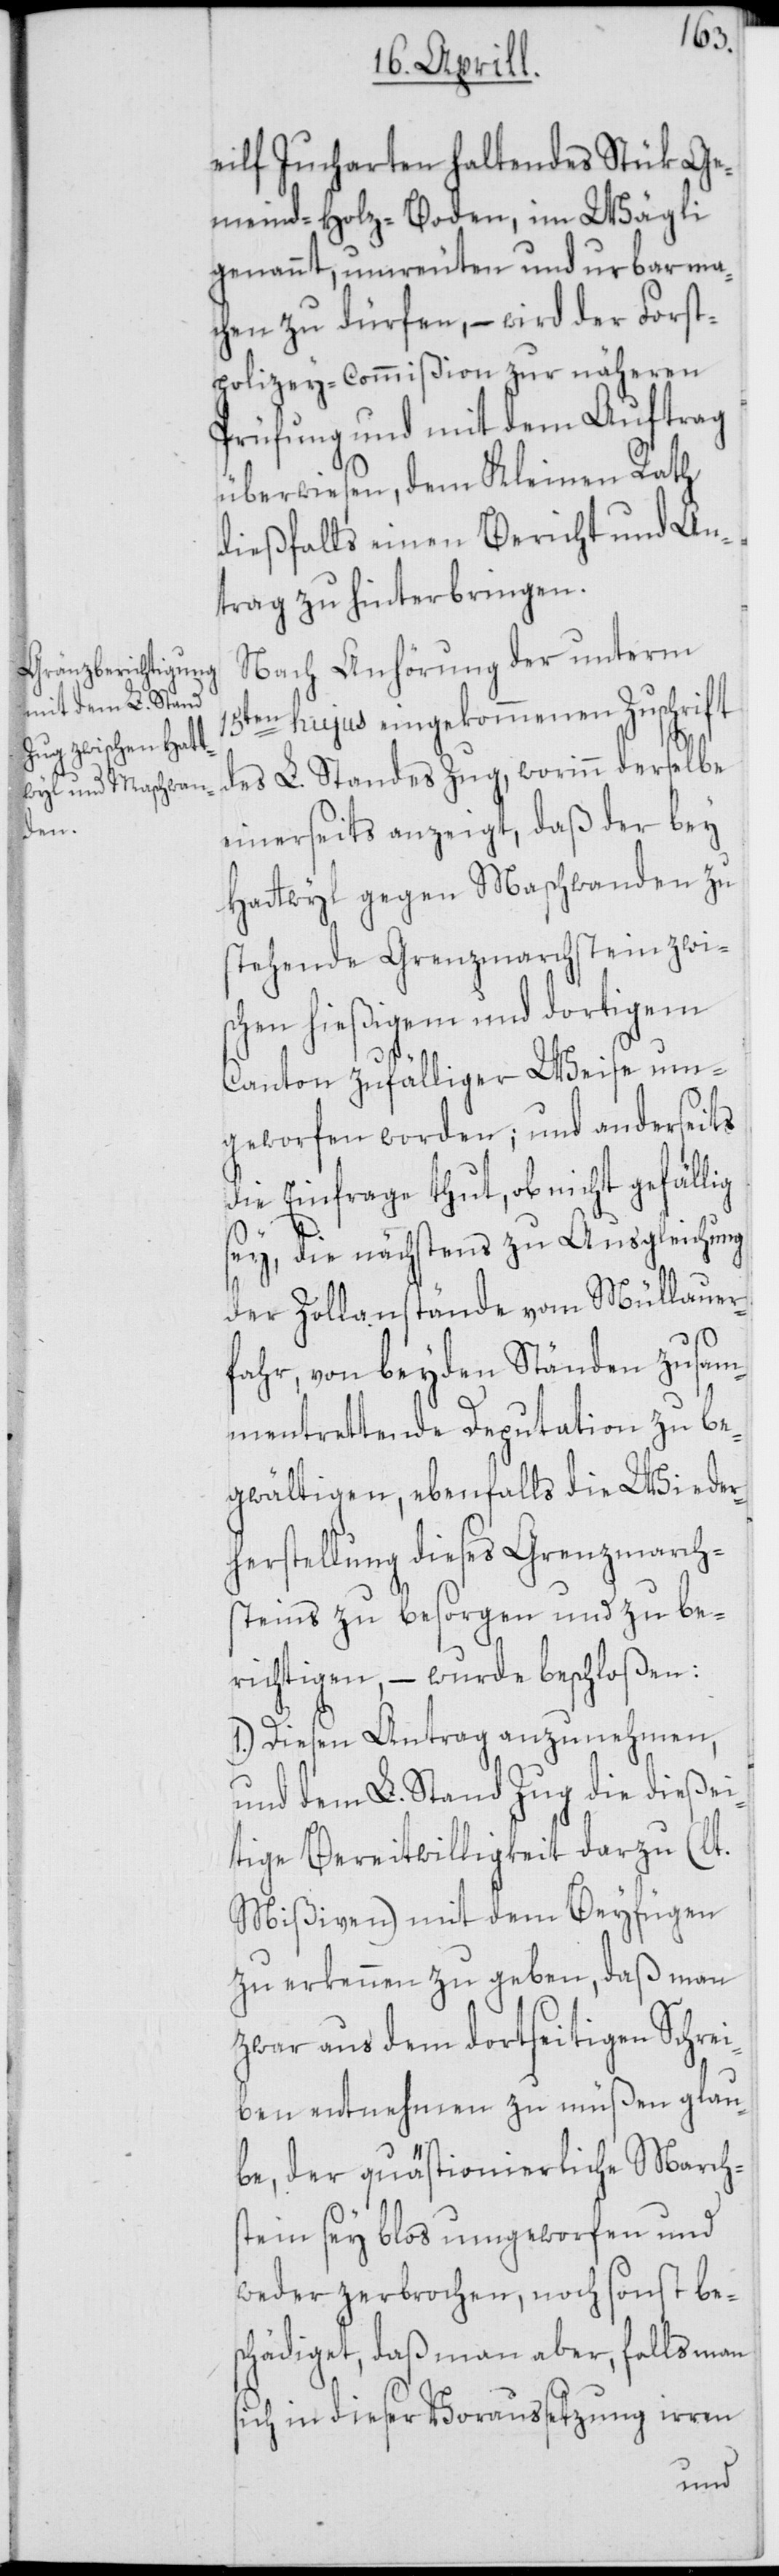
elif Jucharten haltendes Stük Ge¬
meind-Holz-Boden, im Wägli
genannt, umreuten und urbar ma¬
chen zu dürfen, – wird der Forst¬
polizey-Commißion zur näheren
Prüfung und mit dem Auftrag
überwiesen, dem Kleinen Rath
dießfalls einen Bericht und An¬
trag zu hinterbringen.
Nach Anhörung der unterm
15ten hujus eingekommenen Zuschrift
des L. Standes Zug, worinn derselbe
einerseits anzeigt, daß der bey
Hattwil gegen Maschwanden zu
stehende Grenzmarchstein zwi¬
schen hießigem und dortigem
Canton zufälliger Weise um¬
geworfen worden; und anderseits
die Einfrage thut, ob nicht gefällig
sey, die nächstens zu Ausgleichung
der Zollanstände vom Müllauer¬
fahr, von beyden Ständen zusam¬
mentrettende Deputation zu be¬
gwältigen, ebenfalls die Wieder¬
herstellung dieses Grenzmarch¬
steins zu besorgen und zu be¬
richtigen, – wurde beschloßen:
1.) Diesen Antrag anzunehmen,
und dem L. Stand Zug die dießei¬
tige Bereitwilligkeit darzu (lt.
Mißiven) mit dem Beyfügen
zu erkennen zu geben, daß man
zwar aus dem dortseitigen Schrei¬
ben entnehmen zu müßen glau¬
be, der quästionierliche Marchs¬
tein sey blos umgeworfen und
weder zerbrochen, noch sonst bes¬
chädiget, daß man aber, falls man
sich in dieser Voraussetzung irren